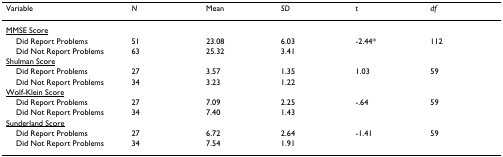
| Variable | N | Mean | SD | t | df |
 | --- | --- | --- | --- | --- | --- |
 | <underline>MMSE Score</underline> |  |  |  |  |  |
 | Did Report Problems | 51 | 23.08 | 6.03 | -2.44* | 112 |
 | Did Not Report Problems | 63 | 25.32 | 3.41 |  |  |
 | <underline>Shulman Score</underline> |  |  |  |  |  |
 | Did Report Problems | 27 | 3.57 | 1.35 | 1.03 | 59 |
 | Did Not Report Problems | 34 | 3.23 | 1.22 |  |  |
 | <underline>Wolf-Klein Score</underline> |  |  |  |  |  |
 | Did Report Problems | 27 | 7.09 | 2.25 | -.64 | 59 |
 | Did Not Report Problems | 34 | 7.40 | 1.43 |  |  |
 | <underline>Sunderland Score</underline> |  |  |  |  |  |
 | Did Report Problems | 27 | 6.72 | 2.64 | -1.41 | 59 |
 | Did Not Report Problems | 34 | 7.54 | 1.91 |  |  |